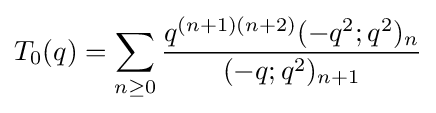
T_{0}(q)=\sum _{n\geq 0}{\frac {q^{(n+1)(n+2)}(-q^{2};q^{2})_{n}}{(-q;q^{2})_{n+1}}}